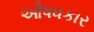
ઔષધકાર